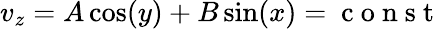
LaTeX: v_{z}=A\cos(y)+B\sin(x)=\mathrm{~c~o~n~s~t~}